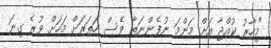
"މިހާރު ކުއްޖާ އަށް މަންމަ ނުފެންނަތާ ވެސް ހަތަރަށް މަހަށް ވުރެ ގިނަ